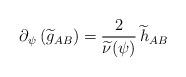
LaTeX: \begin{align*}\partial_{\psi}\left(\widetilde{g}_{AB}\right)&=\frac{2}{\widetilde{\nu}(\psi)}\,\widetilde{h}_{AB}\end{align*}